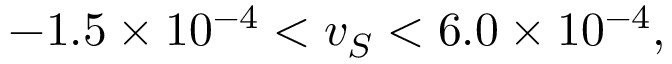
- 1 . 5 \times 1 0 ^ { - 4 } < v _ { S } < 6 . 0 \times 1 0 ^ { - 4 } ,